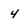
Character: 4